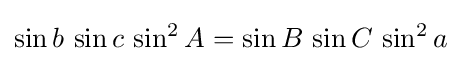
\sin b\,\sin c\,\sin ^{2}A=\sin B\,\sin C\,\sin ^{2}a